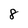
Character: 8